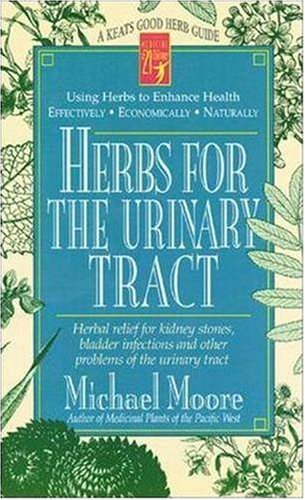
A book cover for Herbs for the Urinary Tract; Michael Moore; Health, Fitness & Dieting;